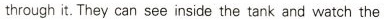
through it.They can see inside the tank and watch the